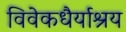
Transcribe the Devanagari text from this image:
विवेकधैर्याश्रय